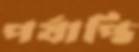
পর্যাপ্তি